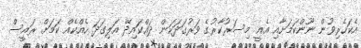
އެކަހެރިވުން ނޫންކަމަށާއި އެއީ މިސަރުކާރުގެ ވަރުގަދަކަން ދައްކައިދޭ އަލިގަދަ ހެއްކެއް ކަމަށް ރައީސް